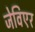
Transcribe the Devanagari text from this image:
जेविएर